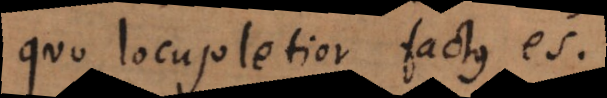
quo locupletior factus es.